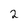
Character: 2